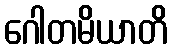
ဂေါတမိယာတိ